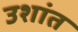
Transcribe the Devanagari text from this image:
उशांत